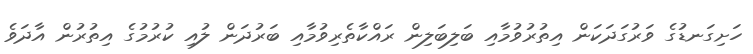
ހަށިގަނޑުގެ ވަރުގަދަކަން އިތުރުވުމާއި ބަލިބަލިން ރައްކާތެރިވުމާއި ބަރުދަން ލުއި ކުރުމުގެ އިތުރުން އާދަވެ